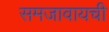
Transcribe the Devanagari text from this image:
समजावायची